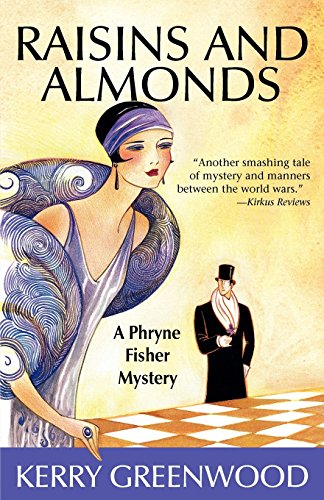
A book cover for Raisins and Almonds: A Phryne Fisher Mystery (Phryne Fisher Mysteries); Kerry Greenwood; Literature & Fiction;